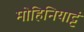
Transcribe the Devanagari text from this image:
मोहिनियाट्टं